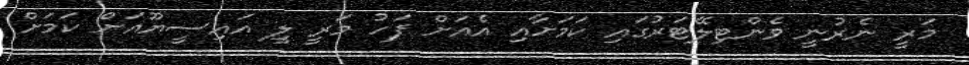
މަރީ ނެރުނީ ވެންޓިލޭޓަރުގައި ކަމަށާއި އެއަށް ފަހު މަރީ ލީ އައިސީޔޫއަށް ކަމަށް